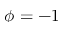
\phi = - 1